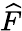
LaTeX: \widehat F